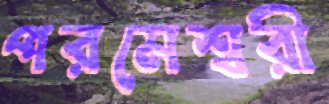
পরমেশ্বরী